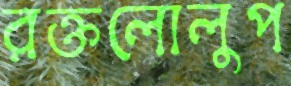
রক্তলোলুপ